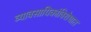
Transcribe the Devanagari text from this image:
व्यावसायिकांविरोधात